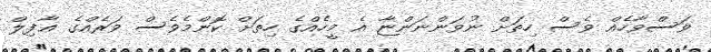
ވަސްވާހެއް ވެސް ހިތަށް ނުވަންނަންޏާ އެ މީހެއްގެ ހިތަށް ކޮންމެވެސް ވަރެއްގެ ޣާފިލް